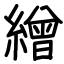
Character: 繒